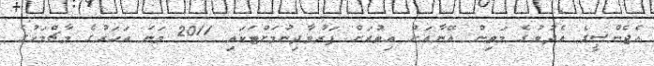
އެޖެންސީގެ އެދުމުގެ މަތިން އޭނާއަށް އިތުރަށް ފަރުވާދިނުމަށްޓަކައި 2011 ވަނަ އަހަރުގެ މާޗްމަހުގެ